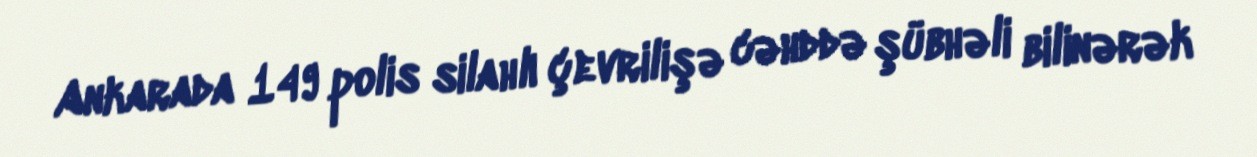
Ankarada 149 polis silahlı çevrilişə cəhddə şübhəli bilinərək